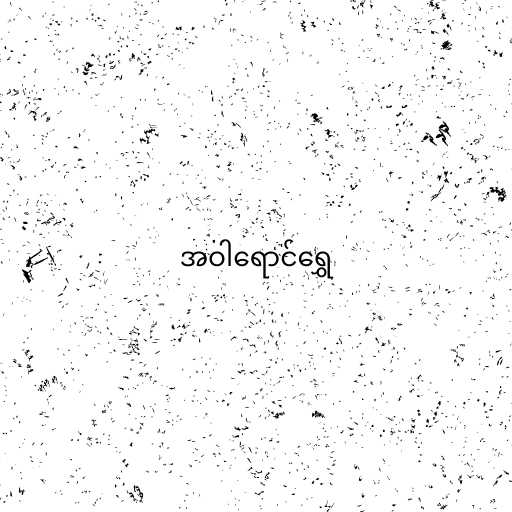
အဝါရောင်ရွှေ